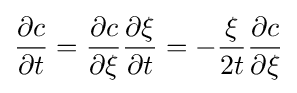
{\frac {\partial c}{\partial t}}={\frac {\partial c}{\partial \xi }}{\frac {\partial \xi }{\partial t}}=-{\frac {\xi }{2t}}{\frac {\partial c}{\partial \xi }}